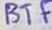
Text: BTF